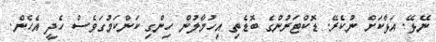
ނޭޅޭ. އަޅާކަށް ނުކެރޭ. ޑޮކްޓަރުންގެ ބޮޑެތި އިހުމާލުން ހިންގި ކަންކަމުގަވެސް ހެދީ އެހެން.